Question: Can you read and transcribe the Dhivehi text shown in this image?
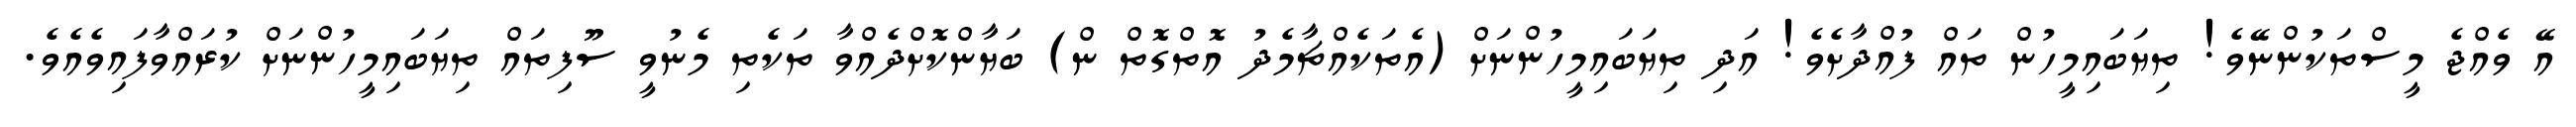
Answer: އޭ ވެއްޖެ މީސްތަކުންނޭވެ! ތިޔަބައިމީހުން ތައް ފުއްދާށެވެ! އަދި ތިޔަބައިމީހުންނަށް (އެތަކެއްޗާމެދު އޮތްގޮތް ން) ބަޔާންކޮށްދެއްވާ ތަކެތި މެނުވީ ސޫފިތައް ތިޔަބައިމީހުންނަށް ކުރައްވާފައިވެއެވެ.